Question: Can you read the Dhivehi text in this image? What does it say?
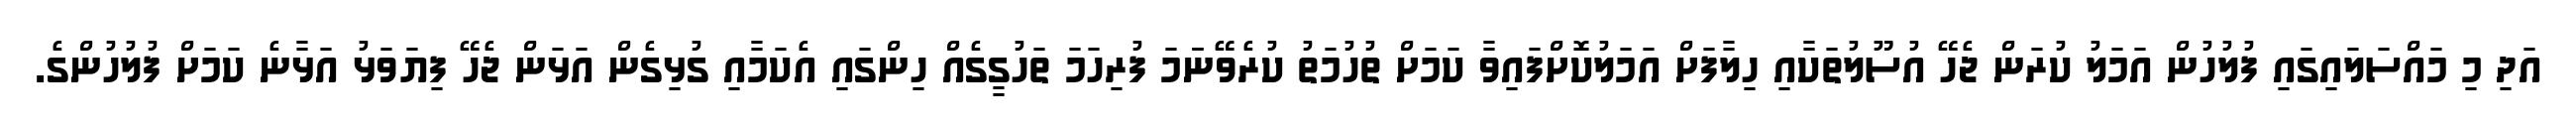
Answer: އަދި މި މައްސަލައިގައި ފުލުހުން އަމަލު ކުރަން ޖެހޭ އުސޫލުތަކާއި ހިލާފަށް އަމަލުކޮށްފައިވާ ކަމަށް ތުހުމަތު ކުރެވޭނަަމަ ފުރިހަމަ ތަހުގީގެއް ހިންގައި އެކަމާއި ގުޅިގެން އަޅަން ޖެހޭ ފިޔަވަޅު އަޅާނެ ކަމަށް ފުލުހުންގެ.